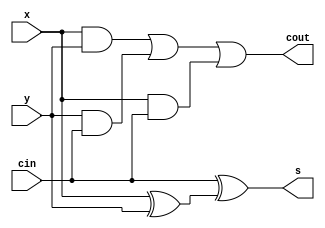
module full_adder(x,y,cin,s,cout);
	input x,y,cin;
	output s,cout;
	wire s1,c1,c2,c3;
	xor(s1,x,y);
	xor(s,cin,s1);
	and(c1,x,y);
	and(c2,y,cin);
	and(c3,x,cin);
	or(cout,c1,c2,c3);
endmodule